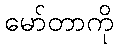
မော်တာကို